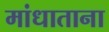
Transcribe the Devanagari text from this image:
मांधाताना